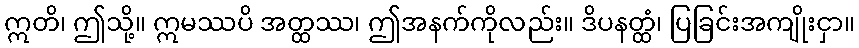
ဣတိ၊ ဤသို့။ ဣမဿပိ အတ္ထဿ၊ ဤအနက်ကိုလည်း။ ဒိပနတ္ထံ၊ ပြခြင်းအကျိုးငှာ။